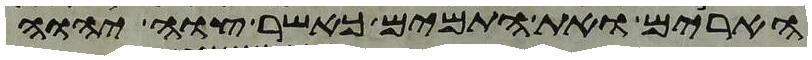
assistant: הארים ואת התמים כאשר צוה יהוה